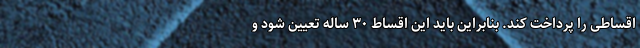
اقساطی را پرداخت کند. بنابراین باید این اقساط ۳۰ ساله تعیین شود و